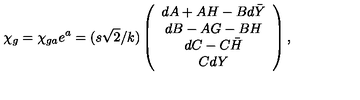
\chi _ { g } = \chi _ { g a } e ^ { a } = ( s \sqrt { 2 } / k ) \left( \begin{array} { c } { d A + A H - B d \bar { Y } } \\ { d B - A G - B H } \\ { d C - C \bar { H } } \\ { C d Y } \\ \end{array} \right) ,